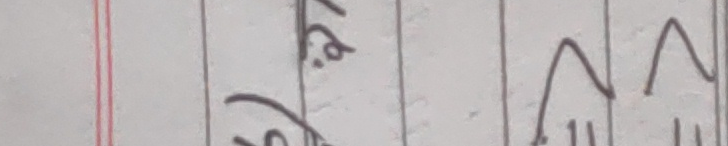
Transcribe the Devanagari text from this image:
(१ २.)